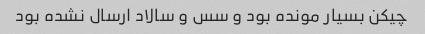
چیکن بسیار مونده بود و سس و سالاد ارسال نشده بود